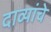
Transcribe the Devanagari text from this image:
दाव्यांचे